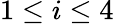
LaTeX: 1\leq i\leq 4